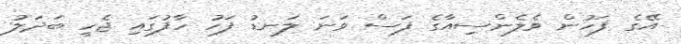
އޭގެ ފަހުން ވެލެންސިއާގެ ފަސް ވަނަ ލަނޑު ފަހު ހާފުގައި ޖެހީ ބަދަލު